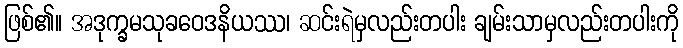
ဖြစ်၏။ အဒုက္ခမသုခဝေဒနိယဿ၊ ဆင်းရဲမှလည်းတပါး ချမ်းသာမှလည်းတပါးကို